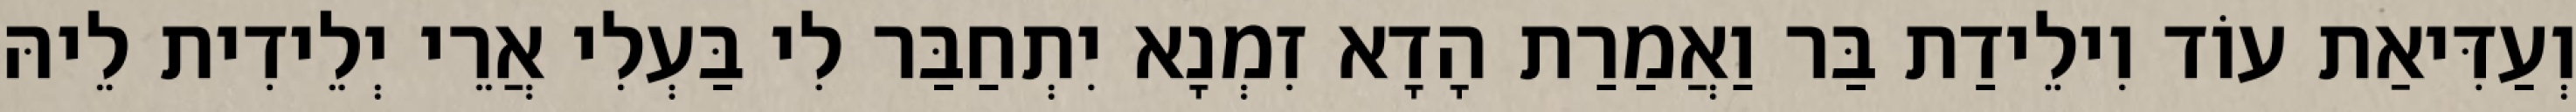
וְעַדִּיאַת עוֹד וִילֵידַת בַּר וַאֲמַרַת הָדָא זִמְנָא יִתְחַבַּר לִי בַּעְלִי אֲרֵי יְלֵידִית לֵיהּ